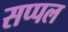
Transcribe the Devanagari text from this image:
सप्पल